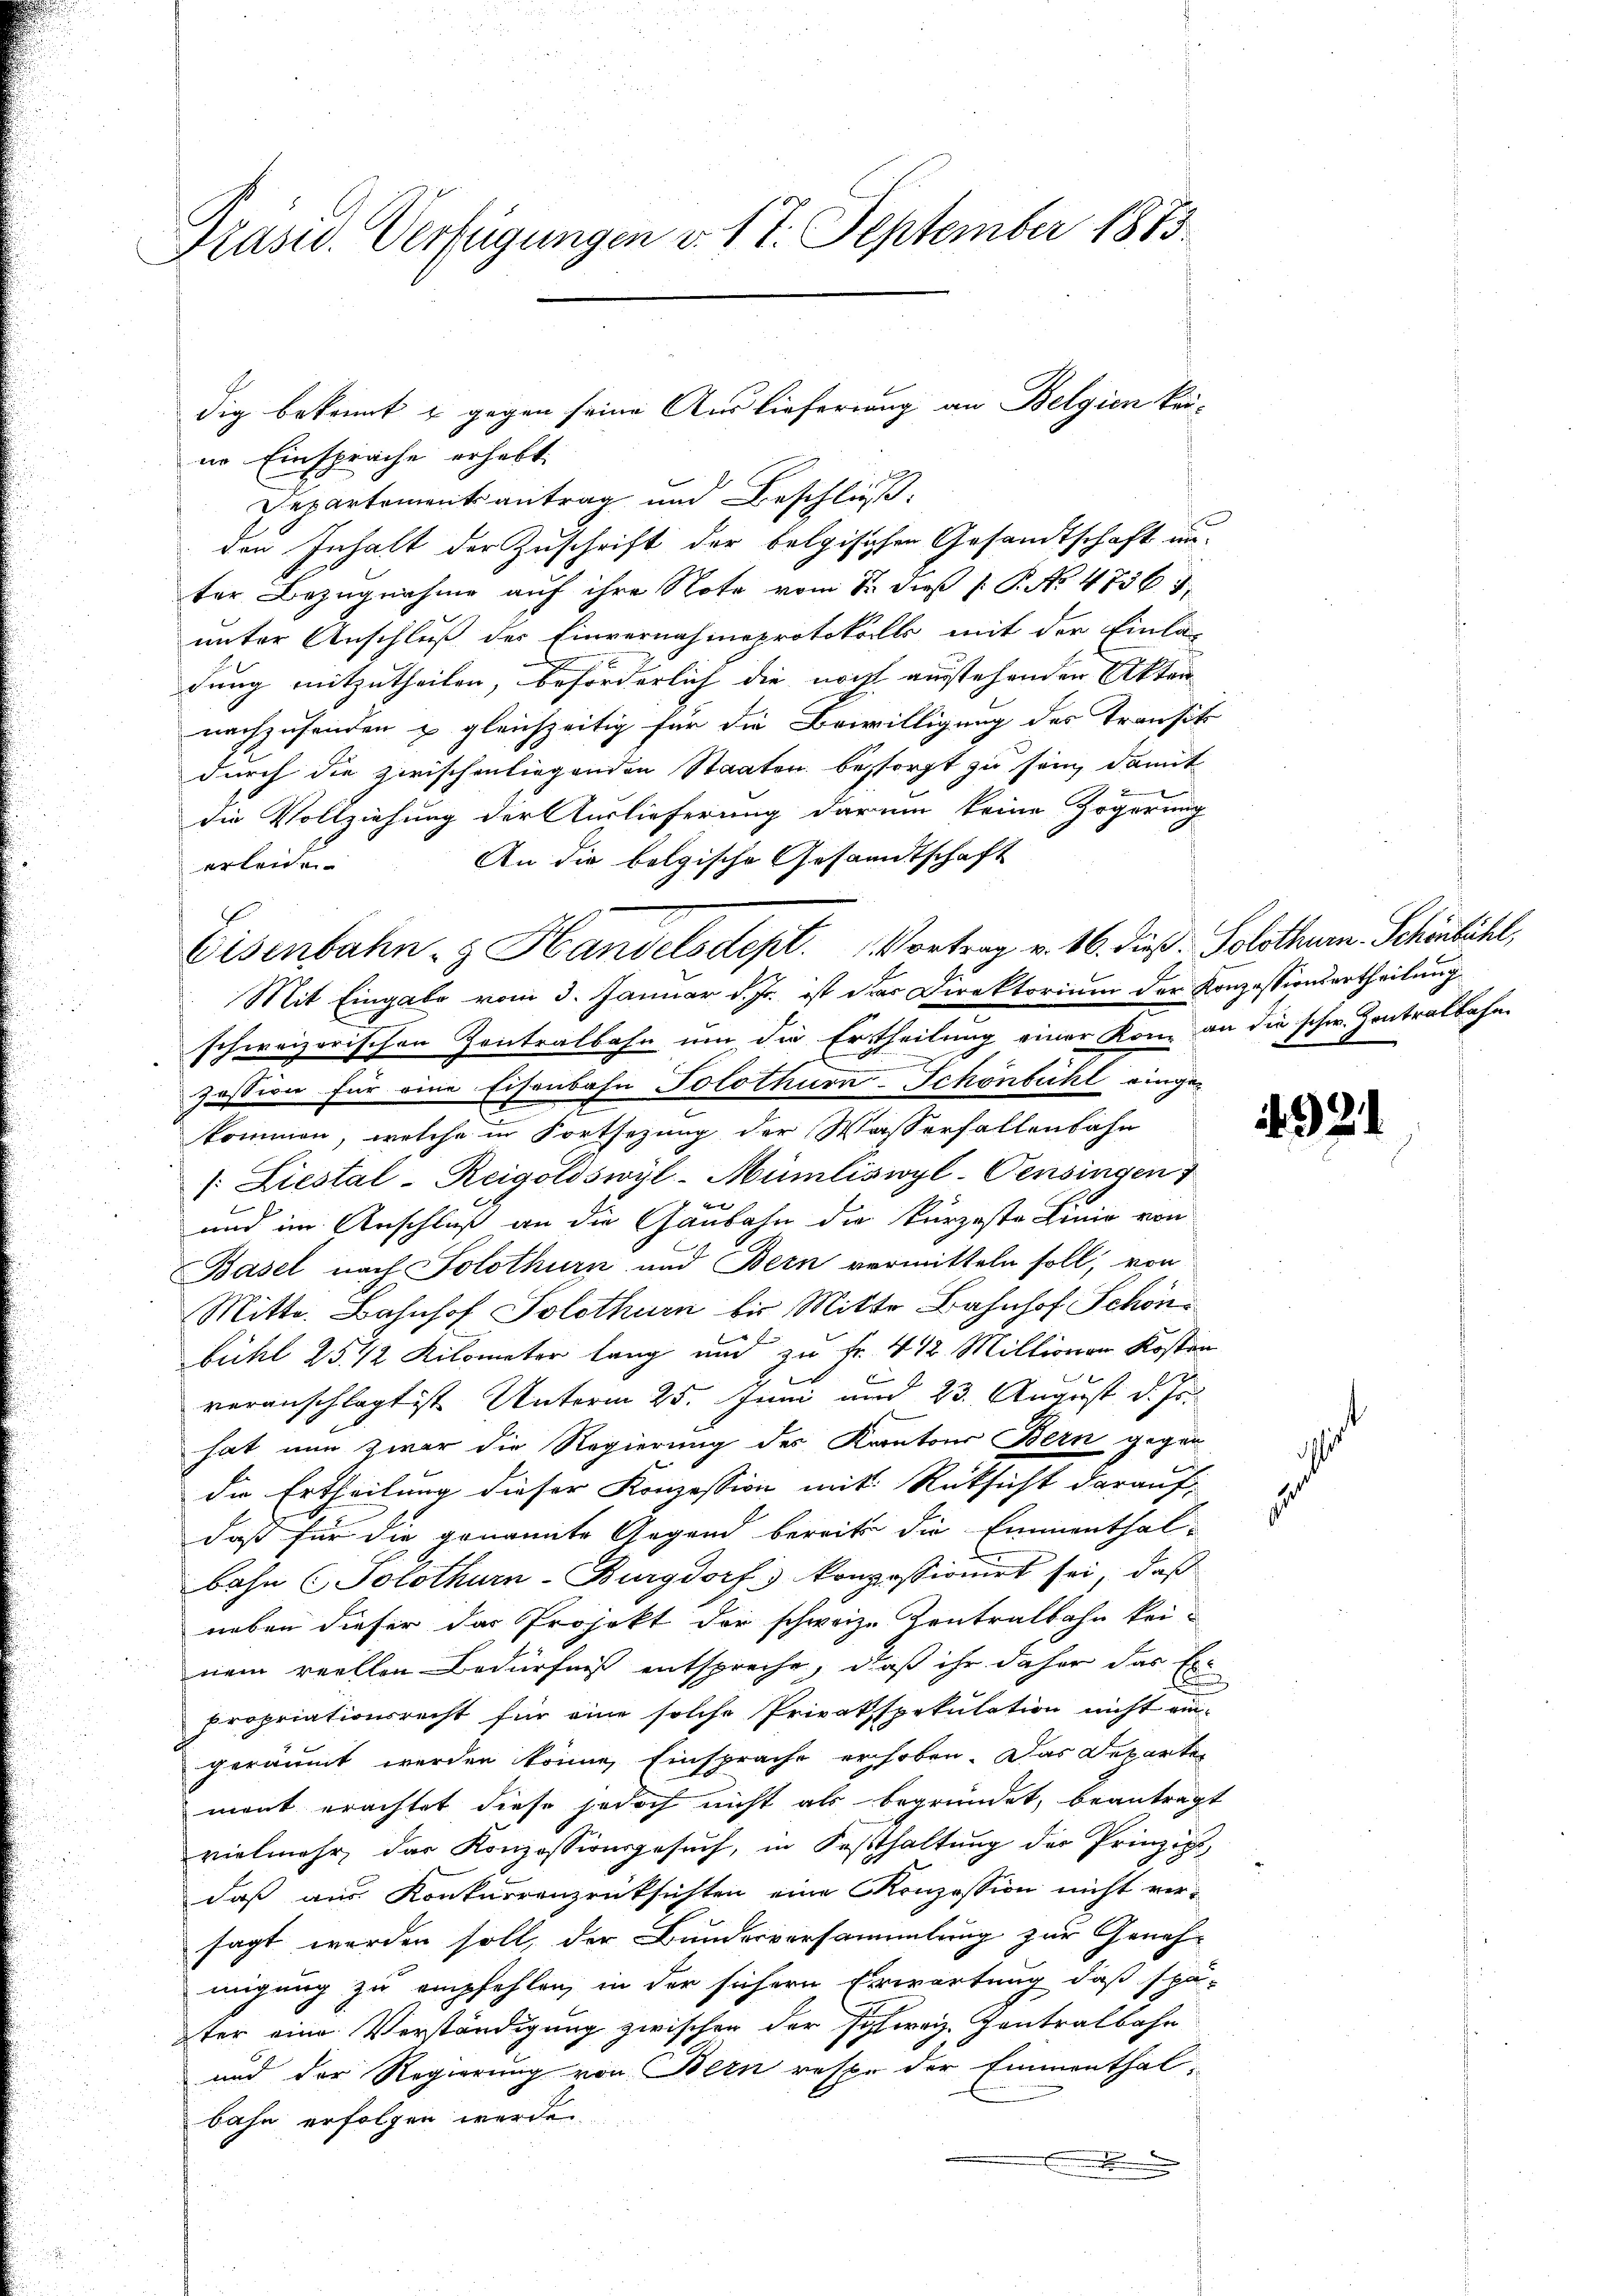
Präsid. Verfügungen v. 17. September 1873.

in Einsprache erhebt,
Departementsantrag und Beschli
den Inhalt der Zuschrift der belgischen Gesandtschaft un-
ter Bezugnahme auf ihre Note vom 8. dieß P. No 4736. 3
unter Anschluß der Einvernahmeprotokolls mit der Einla-
dung mitzutheilen, beförderlich die nicht ausstehenden Akten
nachzusenden u gleichzeitig für die Bewilligung des Transit
durch die zwischenliegenden Staaten besorgt zu sein, damit
d
die Vollziehung der Auslieferung darum keine Zögerung
An die belgische Gesandtschaft
erleiden.
Eisenbahn- & Handelsdept. Vortrag v. 16. dieß. Solothurn. Schönbühl,
Mit Eingabe vom 3. Januar d. Js. ist der Direktorium der Konzessionsertheilung
schweizerischen Zentralbahn um die Ertheilung einer Kom an die schw. Zentralbahn
.
zession für eine Eisenbahn Solothurn-Schönbühl einge-
kommen, welche in Fortsetzung der Wasserfallenbahn
/: Liestal-Reigoldswyl-Mümliswyl-Pensingen
und im Anschluß an die Gaubahn die kurzeste Linie von
Basel nach Solothurn und Bern vermitteln soll, von
Mitte. Bahnhof Solothur bis Mitte Bahnhof Schön
bühl 25 1/2 Kilometer lang und zu Fr. 412. Millionen Kosten
veranschlagt ist Unterm 25. Juni und 23. August d. Js.
hat nun zwar die Regierung des Kantons Bern gegen
die Ertheilung dieser Konzession mit Rücksicht darauf
daß für die genannte Gegend bereits die Emmenthalbahn (Solothurn-Burgdorf konzessionirt sei, daβ
neben dieser das Projekt der schweize Zentralbahn kei-
nem reellen Bedürfniß entspreche, daß ihr daher das Ex
propriationsrecht für eine solche Privatspekulation nicht ein-
geräumt werden könne, Einsprache erhoben. Das Departen
mont erachtet diese jedoch nicht als begründet, beantragt
vielmehr, das Konzessionsgesŭch, in Festthaltŭng der Prinzip,
daß aus Konkurrenzrücksichten eine Konzession nicht versagt werden soll, der Bundesversammlung zur Geneh-
migung zu empfehlen, in der sichern Erwartung daß spä-
ter eine Verständigung zwischen der schweiz. Contralbahn
und der Regierung von Bern respe der Emmenthal-
bahn erfolgen werde
.

dig bekannt & gegen seine Auslieferung an Belgien kei-

4